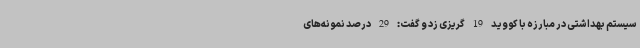
سیستم بهداشتی در مبارزه با کووید 19 گریزی زد و گفت: 29 درصد نمونه‌های